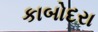
કાબોદરા